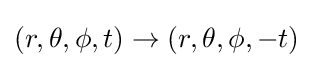
(r,\theta ,\phi ,t)\rightarrow (r,\theta ,\phi ,-t)